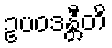
ဥပဝဒန္တီတိ